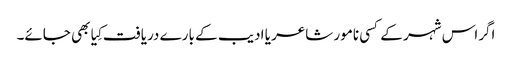
اگراس شہر کے کسی نامور شاعر یا ادیب کے بارے دریافت کِیا بھی جائے۔